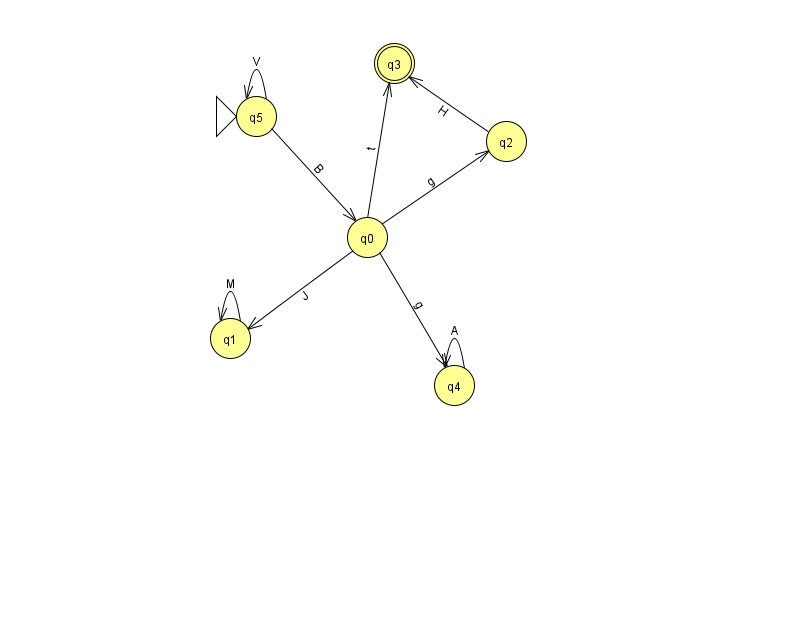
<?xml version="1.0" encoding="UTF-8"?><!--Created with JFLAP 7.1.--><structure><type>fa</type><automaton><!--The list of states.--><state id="0" name="q0"><x>367.0</x><y>224.0</y></state><state id="1" name="q1"><x>230.0</x><y>325.0</y></state><state id="2" name="q2"><x>506.0</x><y>128.0</y></state><state id="3" name="q3"><x>394.0</x><y>50.0</y><final/></state><state id="4" name="q4"><x>454.0</x><y>372.0</y></state><state id="5" name="q5"><x>256.0</x><y>103.0</y><initial/></state><!--The list of transitions.--><transition><from>0</from><to>2</to><read>g</read></transition><transition><from>4</from><to>4</to><read>A</read></transition><transition><from>2</from><to>3</to><read>H</read></transition><transition><from>0</from><to>4</to><read>g</read></transition><transition><from>5</from><to>5</to><read>V</read></transition><transition><from>0</from><to>3</to><read>t</read></transition><transition><from>5</from><to>0</to><read>B</read></transition><transition><from>0</from><to>1</to><read>J</read></transition><transition><from>1</from><to>1</to><read>M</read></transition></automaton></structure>